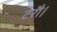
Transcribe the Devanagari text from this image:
टरौ।